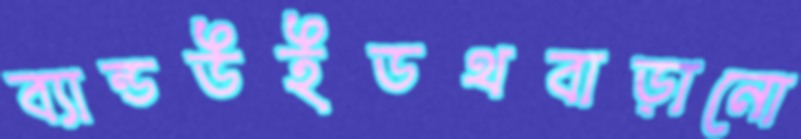
ব্যান্ডউইডথবাড়ানো